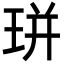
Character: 㻂